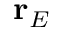
{ \bf r } _ { E }